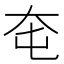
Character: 𡗥